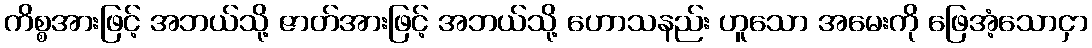
ကိစ္စအားဖြင့် အဘယ်သို့ ဇာတ်အားဖြင့် အဘယ်သို့ ဟောသနည်း ဟူသော အမေးကို ဖြေအံ့သောငှာ